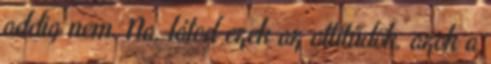
addig nem. Na, látod ezek az attitűdök, azok a